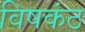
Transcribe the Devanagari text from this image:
विषकंठ